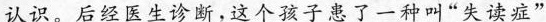
认识，后经医生诊断，这个弦子患了一种叫“失读症”